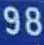
98